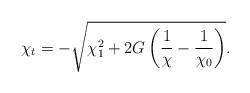
LaTeX: \begin{align*}\chi_t= - \sqrt{\chi_1^2 + 2G\left(\frac1{\chi}-\frac1{\chi_0}\right)}.\end{align*}